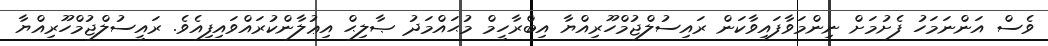
ވެސް އަންނަމަހު ފެށުމަށް ނިންމަވާފައިވާކަން ރައިސުލްޖުމްހޫރިއްޔާ އިބްރާހީމް މުޙައްމަދު ޞާލިޙް އިޢުލާންކުރައްވައިފިއެވެ. ރައީސުލްޖުމްހޫރިއްޔާ